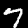
Label: 7